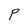
Character: P